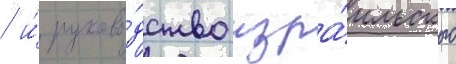
/ и́ руково́дство изра́ильского